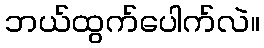
ဘယ်ထွက်ပေါက်လဲ။